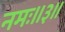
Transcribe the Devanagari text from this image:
नमः॥३॥